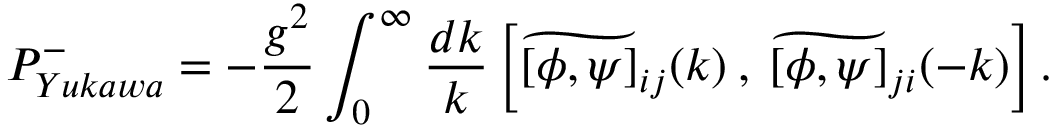
P _ { Y u k a w a } ^ { - } = - \frac { g ^ { 2 } } { 2 } \int _ { 0 } ^ { \infty } \frac { d k } { k } \left[ \widetilde { [ \phi , \psi ] } _ { i j } ( k ) \: , \: \widetilde { [ \phi , \psi ] } _ { j i } ( - k ) \right] .